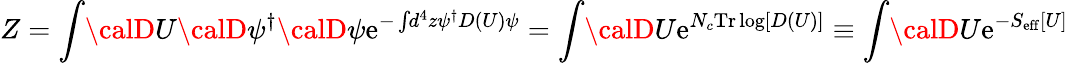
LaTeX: Z=\int\! {\calD}U{\calD}\psi^{\dagger}{\calD}\psi\mathrm{e}^{-\int\! d^{4}z\psi^{\dagger}D(U)\psi}=\int\! {\calD}U\mathrm{e}^{N_{c}\mathrm{{Tr}}\log[D(U)]}\equiv\int\! {\calD}U\mathrm{e}^{-S_{\mathrm{{\mathrm{e}ff}}}[U]}